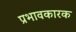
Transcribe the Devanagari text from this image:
प्रभावकारक